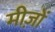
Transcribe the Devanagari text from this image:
मीज़ों